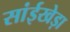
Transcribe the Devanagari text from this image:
सांईखेड़ा